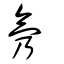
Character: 氖